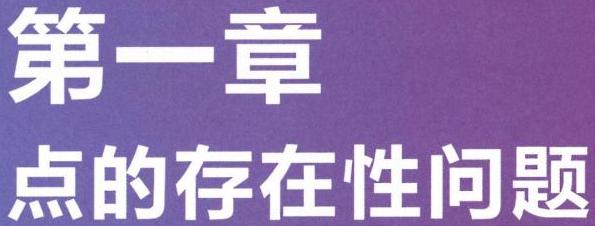
第一章
点的存在性问题